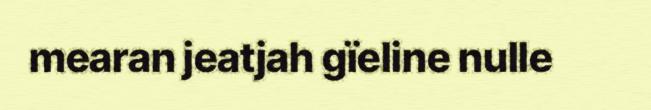
mearan jeatjah gïeline nulle